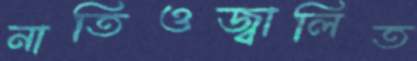
নাতিওজ্বালিত